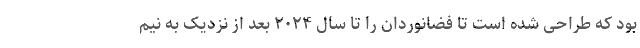
بود که طراحی شده است تا فضانوردان را تا سال ۲۰۲۴ بعد از نزدیک به نیم